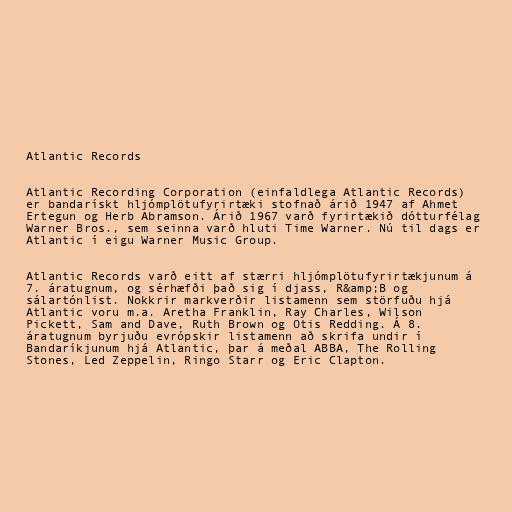
Atlantic Records

Atlantic Recording Corporation (einfaldlega Atlantic Records)
er bandarískt hljómplötufyrirtæki stofnað árið 1947 af Ahmet
Ertegun og Herb Abramson. Árið 1967 varð fyrirtækið dótturfélag
Warner Bros., sem seinna varð hluti Time Warner. Nú til dags er
Atlantic í eigu Warner Music Group.

Atlantic Records varð eitt af stærri hljómplötufyrirtækjunum á
7. áratugnum, og sérhæfði það sig í djass, R&amp;B og
sálartónlist. Nokkrir markverðir listamenn sem störfuðu hjá
Atlantic voru m.a. Aretha Franklin, Ray Charles, Wilson
Pickett, Sam and Dave, Ruth Brown og Otis Redding. Á 8.
áratugnum byrjuðu evrópskir listamenn að skrifa undir í
Bandaríkjunum hjá Atlantic, þar á meðal ABBA, The Rolling
Stones, Led Zeppelin, Ringo Starr og Eric Clapton.